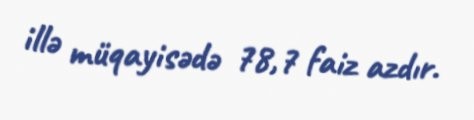
illə müqayisədə 78,7 faiz azdır.